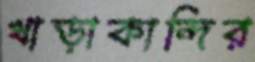
খাড়াকান্দির